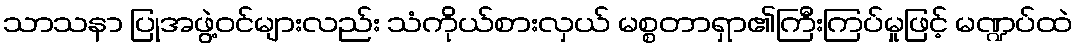
သာသနာ ပြုအဖွဲ့ဝင်များလည်း သံကိုယ်စားလှယ် မစ္စတာရှာ၏ကြီးကြပ်မှုဖြင့် မဏ္ဍပ်ထဲ